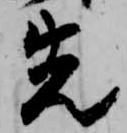
先